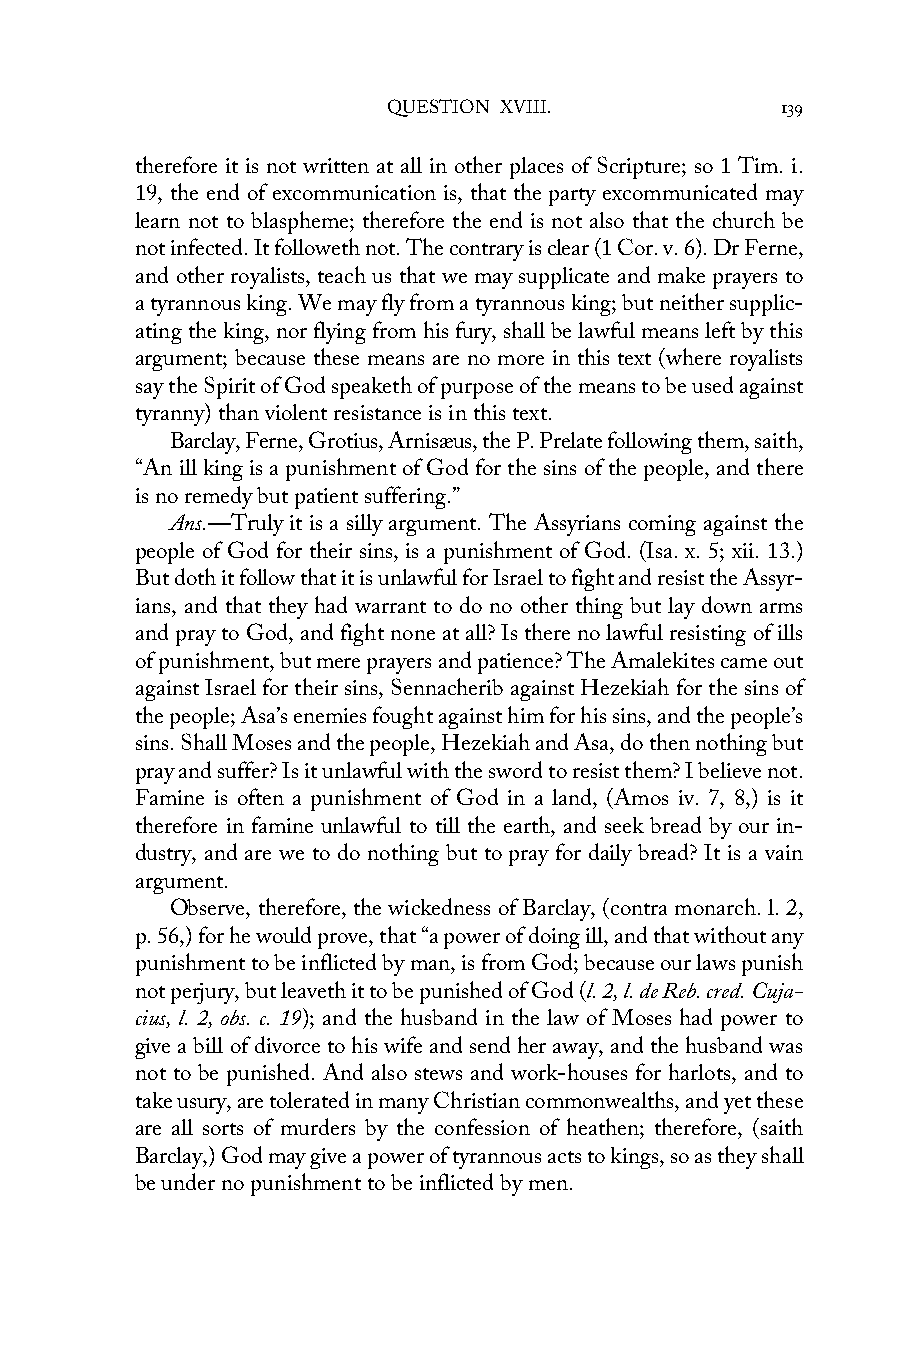
QUESTION XVIII.           139
 therefore it is not written at all in other places of Scripture; so 1 Tim. i.
 19, the end of excommunication is, that the party excommunicated may
 learn not to blaspheme; therefore the end is not also that the church be
 not infected. It followeth not. The contrary is clear (1 Cor. v. 6). Dr Ferne,
 and other royalists, teach us that we may supplicate and make prayers to
 a tyrannous king. We may fly from a tyrannous king; but neither supplic-
 ating the king, nor flying from his fury, shall be lawful means left by this
 argument; because these means are no more in this text (where royalists
 say the Spirit of God speaketh of purpose of the means to be used against
 tyranny) than violent resistance is in this text.
 Barclay, Ferne, Grotius, Arnisæus, the P. Prelate following them, saith,
 “An ill king is a punishment of God for the sins of the people, and there
 is no remedy but patient suffering.”
 Ans.—Truly it is a silly argument. The Assyrians coming against the
 people of God for their sins, is a punishment of God. (Isa. x. 5; xii. 13.)
 But doth it follow that it is unlawful for Israel to fight and resist the Assyr-
 ians, and that they had warrant to do no other thing but lay down arms
 and pray to God, and fight none at all? Is there no lawful resisting of ills
 of punishment, but mere prayers and patience? The Amalekites came out
 against Israel for their sins, Sennacherib against Hezekiah for the sins of
 the people; Asa’s enemies fought against him for his sins, and the people’s
 sins. Shall Moses and the people, Hezekiah and Asa, do then nothing but
 pray and suffer? Is it unlawful with the sword to resist them? I believe not.
 Famine is often a punishment of God in a land, (Amos iv. 7, 8,) is it
 therefore in famine unlawful to till the earth, and seek bread by our in-
 dustry, and are we to do nothing but to pray for daily bread? It is a vain
 argument.
 Observe, therefore, the wickedness of Barclay, (contra monarch. l. 2,
 p. 56,) for he would prove, that “a power of doing ill, and that without any
 punishment to be inflicted by man, is from God; because our laws punish
 not perjury, but leaveth it to be punished of God (l. 2, l. de Reb. cred. Cuja-
 cius, l. 2, obs. c. 19); and the husband in the law of Moses had power to
 give a bill of divorce to his wife and send her away, and the husband was
 not to be punished. And also stews and work-houses for harlots, and to
 take usury, are tolerated in many Christian commonwealths, and yet these
 are all sorts of murders by the confession of heathen; therefore, (saith
 Barclay,) God may give a power of tyrannous acts to kings, so as they shall
 be under no punishment to be inflicted by men.